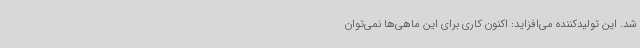
شد. این تولیدکننده می‌افزاید: اکنون کاری برای این ماهی‌ها نمی‌توان